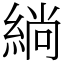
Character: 緔